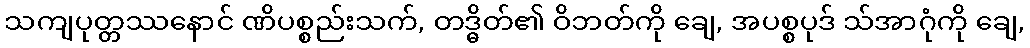
သကျပုတ္တဿနောင် ဏိပစ္စည်းသက်, တဒ္ဓိတ်၏ ဝိဘတ်ကို ချေ, အပစ္စပုဒ် သ်အာဂုံကို ချေ,